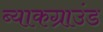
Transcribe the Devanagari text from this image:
ब्याकग्राउंड